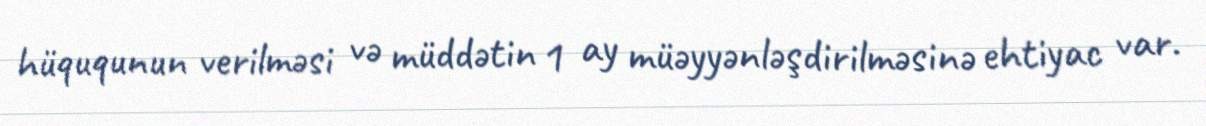
hüququnun verilməsi və müddətin 1 ay müəyyənləşdirilməsinə ehtiyac var.